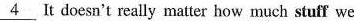
\underline{4} It doesn't really matter how much stuff we